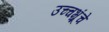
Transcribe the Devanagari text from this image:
उच्चभ्रूंचे